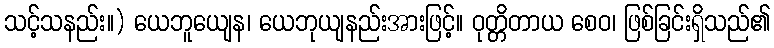
သင့်သနည်း။) ယေဘူယျေန၊ ယေဘုယျနည်းအားဖြင့်။ ဝုတ္တိတာယ စေဝ၊ ဖြစ်ခြင်းရှိသည်၏